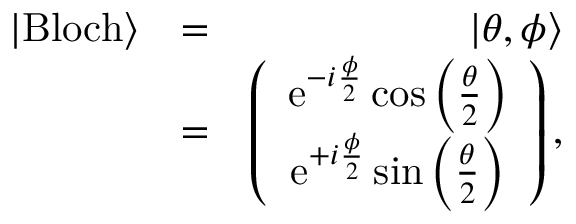
\begin{array} { r l r } { | \mathrm { B l o c h } \rangle } & { = } & { | \theta , \phi \rangle } \\ & { = } & { \left( \begin{array} { c } { \mathrm { e } ^ { - i \frac { \phi } { 2 } } \cos \left( \frac { \theta } { 2 } \right) } \\ { \mathrm { e } ^ { + i \frac { \phi } { 2 } } \sin \left( \frac { \theta } { 2 } \right) } \end{array} \right) , } \end{array}